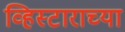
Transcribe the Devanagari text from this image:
व्हिस्टाराच्या